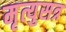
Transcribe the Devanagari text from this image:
मृत्युसत्र